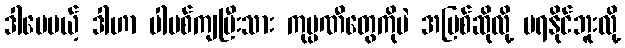
ဒါပေမယ့် ဒါဟာ ပါမစ်ကျပြီးသား ကုမ္ပဏီတွေကိုပဲ အပြစ်ဆိုလို့ မရနိုင်ဘူးလို့